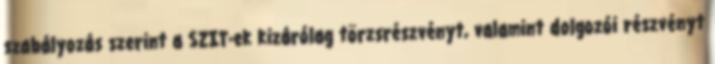
szabályozás szerint a SZIT-ek kizárólag törzsrészvényt, valamint dolgozói részvényt